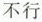
不行